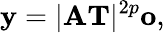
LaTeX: \mathbf{y}=\lvert\mathbf{A}\mathbf{T}\rvert^{2p}\mathbf{o},